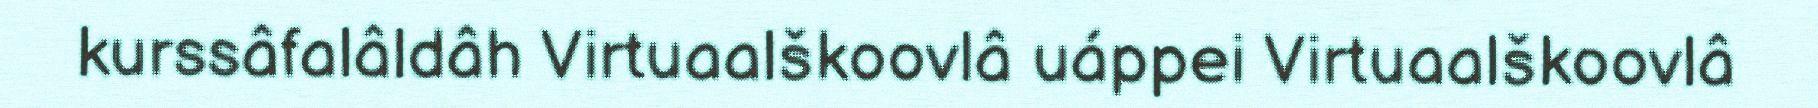
kurssâfalâldâh Virtuaalškoovlâ uáppei Virtuaalškoovlâ